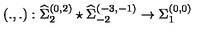
\left( . , . \right) : { \widehat \Sigma } _ { 2 } ^ { ( 0 , 2 ) } \star { \widehat \Sigma } _ { - 2 } ^ { ( - 3 , - 1 ) } \rightarrow { \Sigma } _ { 1 } ^ { ( 0 , 0 ) }